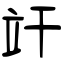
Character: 竏